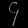
Digit: ၄